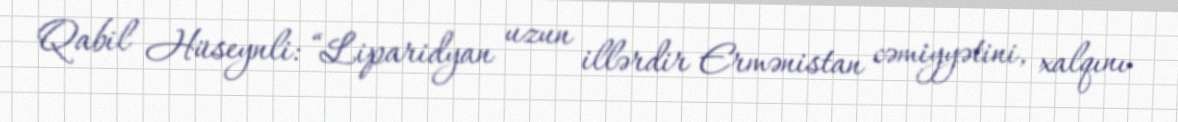
Qabil Hüseynli: “Liparidyan uzun illərdir Ermənistan cəmiyyətini, xalqını